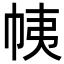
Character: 𢂒